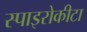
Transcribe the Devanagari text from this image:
स्पाइरोकीटा